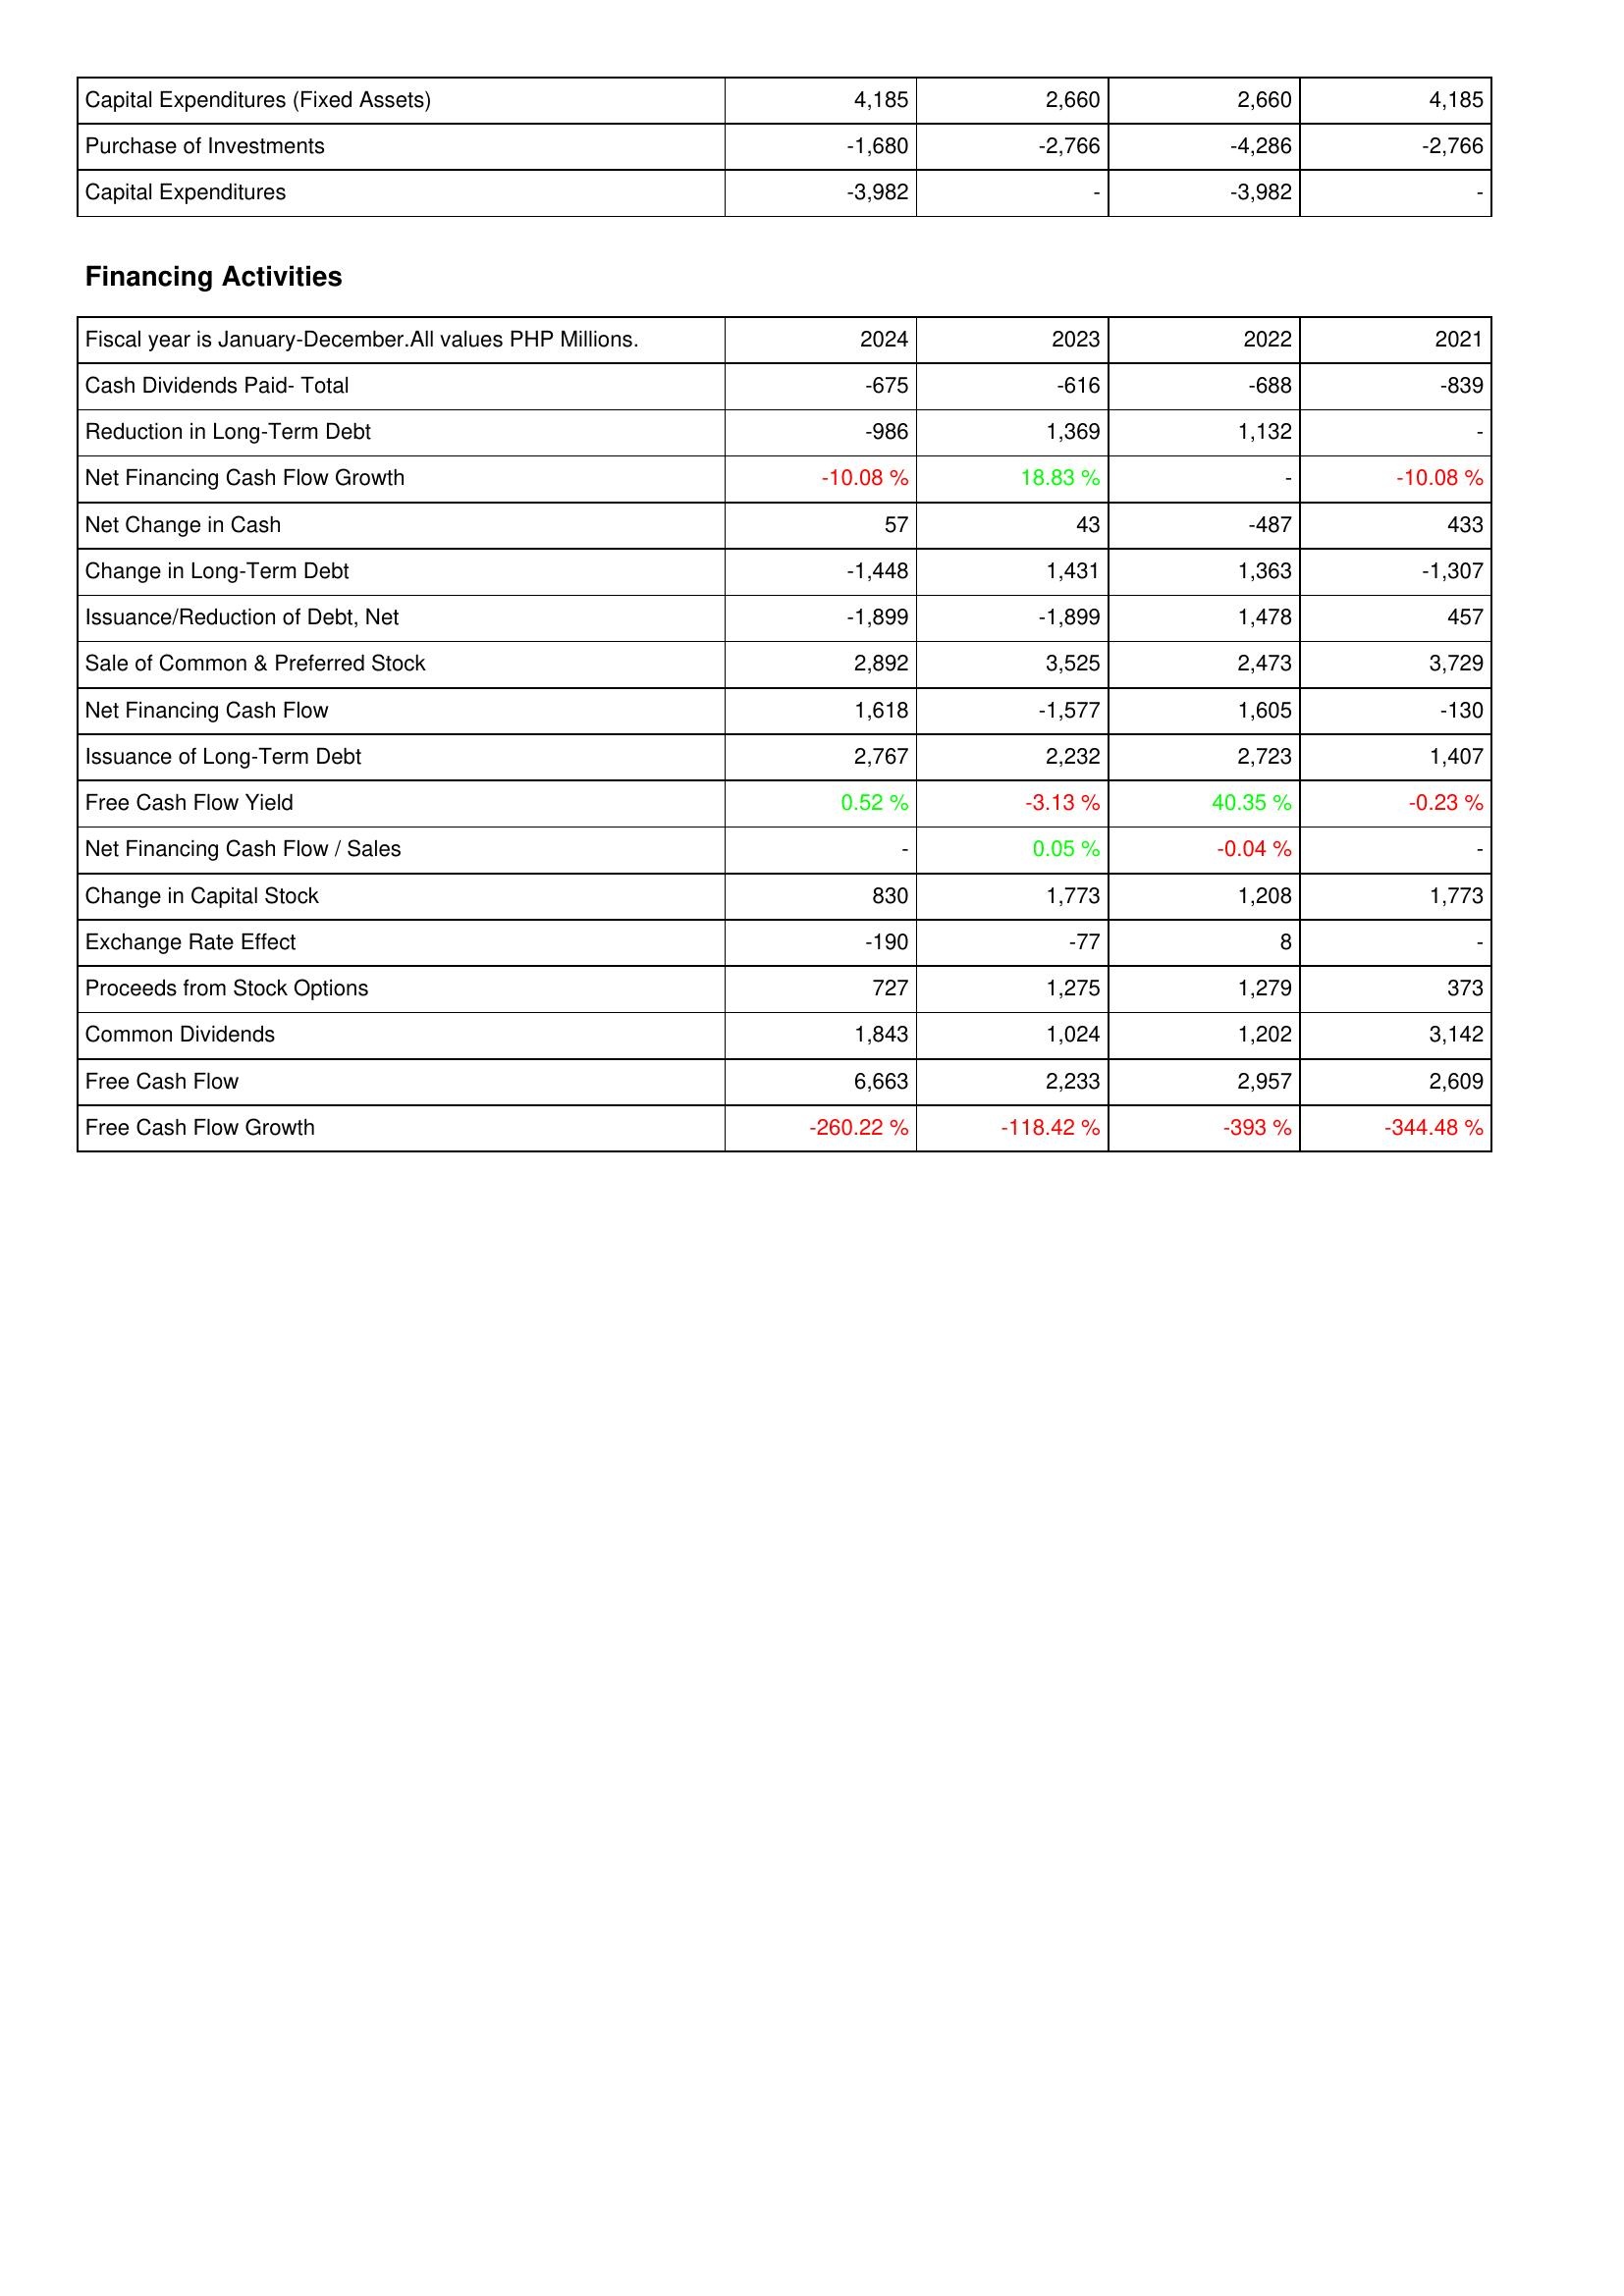
2024: Investing Activities: Capital Expenditures (Fixed Assets): 4,185
Purchase of Investments: -1,680
Capital Expenditures: -3,982
Financing Activities: Cash Dividends Paid- Total: -675
Reduction in Long-Term Debt: -986
Net Financing Cash Flow Growth: -10.08 %
Net Change in Cash: 57
Change in Long-Term Debt: -1,448
Issuance/Reduction of Debt, Net: -1,899
Sale of Common & Preferred Stock: 2,892
Net Financing Cash Flow: 1,618
Issuance of Long-Term Debt: 2,767
Free Cash Flow Yield: 0.52 %
Net Financing Cash Flow / Sales: -
Change in Capital Stock: 830
Exchange Rate Effect: -190
Proceeds from Stock Options: 727
Common Dividends: 1,843
Free Cash Flow: 6,663
Free Cash Flow Growth: -260.22 %
2023: Investing Activities: Capital Expenditures (Fixed Assets): 2,660
Purchase of Investments: -2,766
Capital Expenditures: -
Financing Activities: Cash Dividends Paid- Total: -616
Reduction in Long-Term Debt: 1,369
Net Financing Cash Flow Growth: 18.83 %
Net Change in Cash: 43
Change in Long-Term Debt: 1,431
Issuance/Reduction of Debt, Net: -1,899
Sale of Common & Preferred Stock: 3,525
Net Financing Cash Flow: -1,577
Issuance of Long-Term Debt: 2,232
Free Cash Flow Yield: -3.13 %
Net Financing Cash Flow / Sales: 0.05 %
Change in Capital Stock: 1,773
Exchange Rate Effect: -77
Proceeds from Stock Options: 1,275
Common Dividends: 1,024
Free Cash Flow: 2,233
Free Cash Flow Growth: -118.42 %
2022: Investing Activities: Capital Expenditures (Fixed Assets): 2,660
Purchase of Investments: -4,286
Capital Expenditures: -3,982
Financing Activities: Cash Dividends Paid- Total: -688
Reduction in Long-Term Debt: 1,132
Net Financing Cash Flow Growth: -
Net Change in Cash: -487
Change in Long-Term Debt: 1,363
Issuance/Reduction of Debt, Net: 1,478
Sale of Common & Preferred Stock: 2,473
Net Financing Cash Flow: 1,605
Issuance of Long-Term Debt: 2,723
Free Cash Flow Yield: 40.35 %
Net Financing Cash Flow / Sales: -0.04 %
Change in Capital Stock: 1,208
Exchange Rate Effect: 8
Proceeds from Stock Options: 1,279
Common Dividends: 1,202
Free Cash Flow: 2,957
Free Cash Flow Growth: -393 %
2021: Investing Activities: Capital Expenditures (Fixed Assets): 4,185
Purchase of Investments: -2,766
Capital Expenditures: -
Financing Activities: Cash Dividends Paid- Total: -839
Reduction in Long-Term Debt: -
Net Financing Cash Flow Growth: -10.08 %
Net Change in Cash: 433
Change in Long-Term Debt: -1,307
Issuance/Reduction of Debt, Net: 457
Sale of Common & Preferred Stock: 3,729
Net Financing Cash Flow: -130
Issuance of Long-Term Debt: 1,407
Free Cash Flow Yield: -0.23 %
Net Financing Cash Flow / Sales: -
Change in Capital Stock: 1,773
Exchange Rate Effect: -
Proceeds from Stock Options: 373
Common Dividends: 3,142
Free Cash Flow: 2,609
Free Cash Flow Growth: -344.48 %